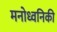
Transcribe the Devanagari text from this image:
मनोध्वनिकी